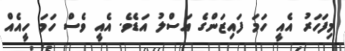
މިފަހަރު އެއީ ހަމަ ފައިޒަންގެ އަސްލު އަޑެވެ. އެއީ ވެސް ހަމަ ހީއެއް